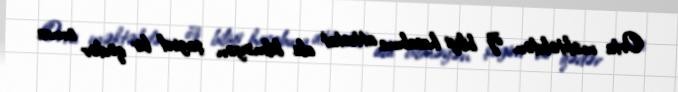
Orta məktəbdən öz biliyi hesabına attestat ala bilməyən şagird bir qədər sonra